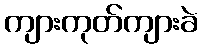
ကျားကုတ်ကျားခဲ